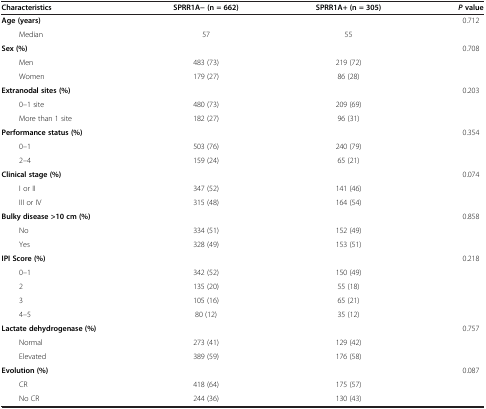
| Characteristics | SPRR1A− (n = 662) | SPRR1A+ (n = 305) | P value |
 | --- | --- | --- | --- |
 | Age (years) |  |  | 0.712 |
 | Median | 57 | 55 |  |
 | Sex (%) |  |  | 0.708 |
 | Men | 483 (73) | 219 (72) |  |
 | Women | 179 (27) | 86 (28) |  |
 | Extranodal sites (%) |  |  | 0.203 |
 | 0–1 site | 480 (73) | 209 (69) |  |
 | More than 1 site | 182 (27) | 96 (31) |  |
 | Performance status (%) |  |  | 0.354 |
 | 0–1 | 503 (76) | 240 (79) |  |
 | 2–4 | 159 (24) | 65 (21) |  |
 | Clinical stage (%) |  |  | 0.074 |
 | I or II | 347 (52) | 141 (46) |  |
 | III or IV | 315 (48) | 164 (54) |  |
 | Bulky disease >10 cm (%) |  |  | 0.858 |
 | No | 334 (51) | 152 (49) |  |
 | Yes | 328 (49) | 153 (51) |  |
 | IPI Score (%) |  |  | 0.218 |
 | 0–1 | 342 (52) | 150 (49) |  |
 | 2 | 135 (20) | 55 (18) |  |
 | 3 | 105 (16) | 65 (21) |  |
 | 4–5 | 80 (12) | 35 (12) |  |
 | Lactate dehydrogenase (%) |  |  | 0.757 |
 | Normal | 273 (41) | 129 (42) |  |
 | Elevated | 389 (59) | 176 (58) |  |
 | Evolution (%) |  |  | 0.087 |
 | CR | 418 (64) | 175 (57) |  |
 | No CR | 244 (36) | 130 (43) |  |